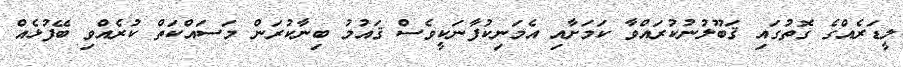
ލީޑަރެއްގެ ގޮތުގައި ޤަބޫލުނުކުރައްވާ ކަމަށާއި އެމަނިކުފާނަކީވެސް ޤައުމު ބިނާކުރަން މަސައްކަތް ކުރެއްވި ބޭފުޅެއް